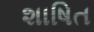
શાષિત